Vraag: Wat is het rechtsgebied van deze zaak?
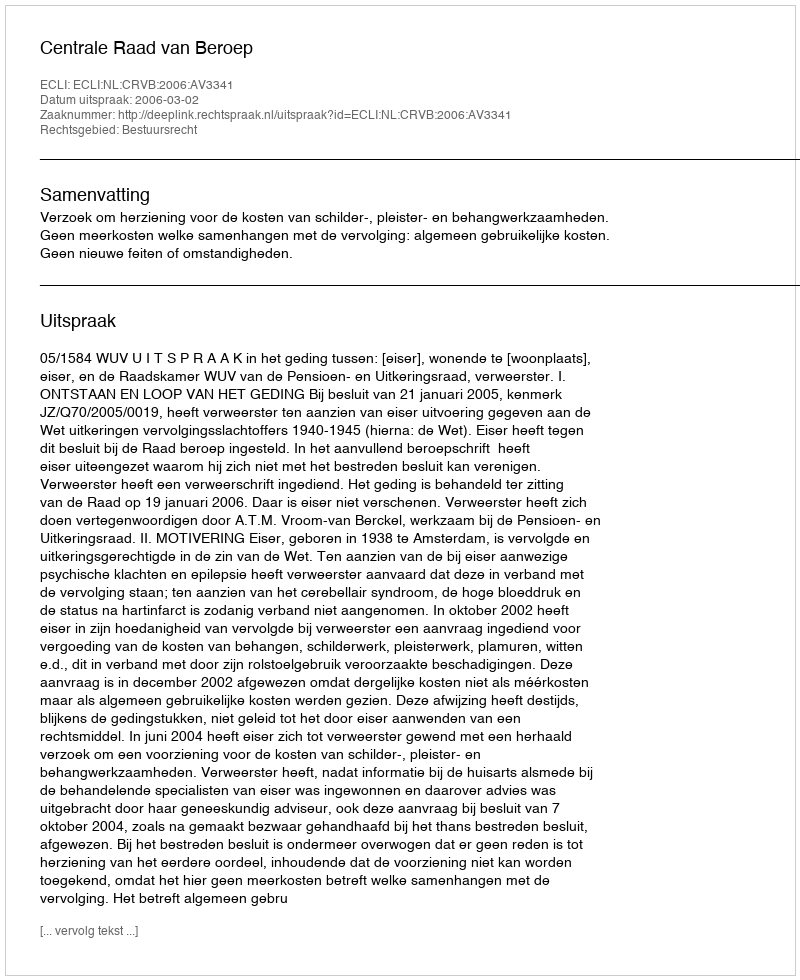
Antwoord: Bestuursrecht